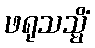
ဖရုသသ္မိံ